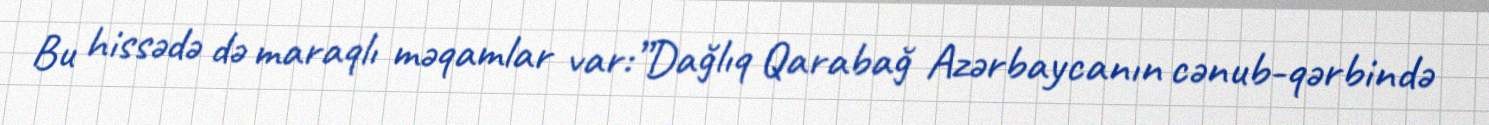
Bu hissədə də maraqlı məqamlar var:”Dağlıq Qarabağ Azərbaycanın cənub-qərbində